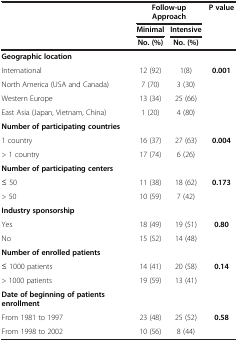
<table><thead><tr><td rowspan="3"><b> </b></td><td colspan="2"><b>Follow-up Approach</b></td><td><b>P value</b></td></tr><tr><td><b>Minimal</b></td><td><b>Intensive</b></td><td><b> </b></td></tr><tr><td><b>No. (%)</b></td><td><b>No. (%)</b></td><td><b> </b></td></tr></thead><tbody><tr><td><b>Geographic location</b></td><td colspan="2"> </td><td> </td></tr><tr><td>International</td><td>12 (92)</td><td>1(8)</td><td><b>0.001</b></td></tr><tr><td>North America (USA and Canada)</td><td>7 (70)</td><td>3 (30)</td><td> </td></tr><tr><td>Western Europe</td><td>13 (34)</td><td>25 (66)</td><td> </td></tr><tr><td>East Asia (Japan, Vietnam, China)</td><td>1 (20)</td><td>4 (80)</td><td> </td></tr><tr><td><b>Number of participating countries</b></td><td colspan="2"> </td><td> </td></tr><tr><td>1 country</td><td>16 (37)</td><td>27 (63)</td><td><b>0.004</b></td></tr><tr><td>&gt; 1 country</td><td>17 (74)</td><td>6 (26)</td><td> </td></tr><tr><td><b>Number of participating centers</b></td><td colspan="2"> </td><td> </td></tr><tr><td>≤ 50</td><td>11 (38)</td><td>18 (62)</td><td><b>0.173</b></td></tr><tr><td>&gt; 50</td><td>10 (59)</td><td>7 (42)</td><td> </td></tr><tr><td><b>Industry sponsorship</b></td><td colspan="2"> </td><td> </td></tr><tr><td>Yes</td><td>18 (49)</td><td>19 (51)</td><td><b>0.80</b></td></tr><tr><td>No</td><td>15 (52)</td><td>14 (48)</td><td> </td></tr><tr><td><b>Number of enrolled patients</b></td><td colspan="2"> </td><td> </td></tr><tr><td>≤ 1000 patients</td><td>14 (41)</td><td>20 (58)</td><td><b>0.14</b></td></tr><tr><td>&gt; 1000 patients</td><td>19 (59)</td><td>13 (41)</td><td> </td></tr><tr><td><b>Date of beginning of patients enrollment</b></td><td colspan="2"> </td><td> </td></tr><tr><td>From 1981 to 1997</td><td>23 (48)</td><td>25 (52)</td><td><b>0.58</b></td></tr><tr><td>From 1998 to 2002</td><td>10 (56)</td><td>8 (44)</td><td> </td></tr></tbody></table>